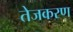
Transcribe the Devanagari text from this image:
तेजकरण